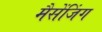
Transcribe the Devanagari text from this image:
मैसेंजिंग